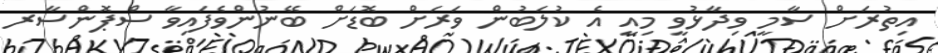
އިތުރަށް ސާމީ ވިދާޅުވީ މިއީ އެ ކުލަބުން ވަރަށް ބޮޑަށް ބޭނުންވެފައިވާ ސްޕޮންސާރ